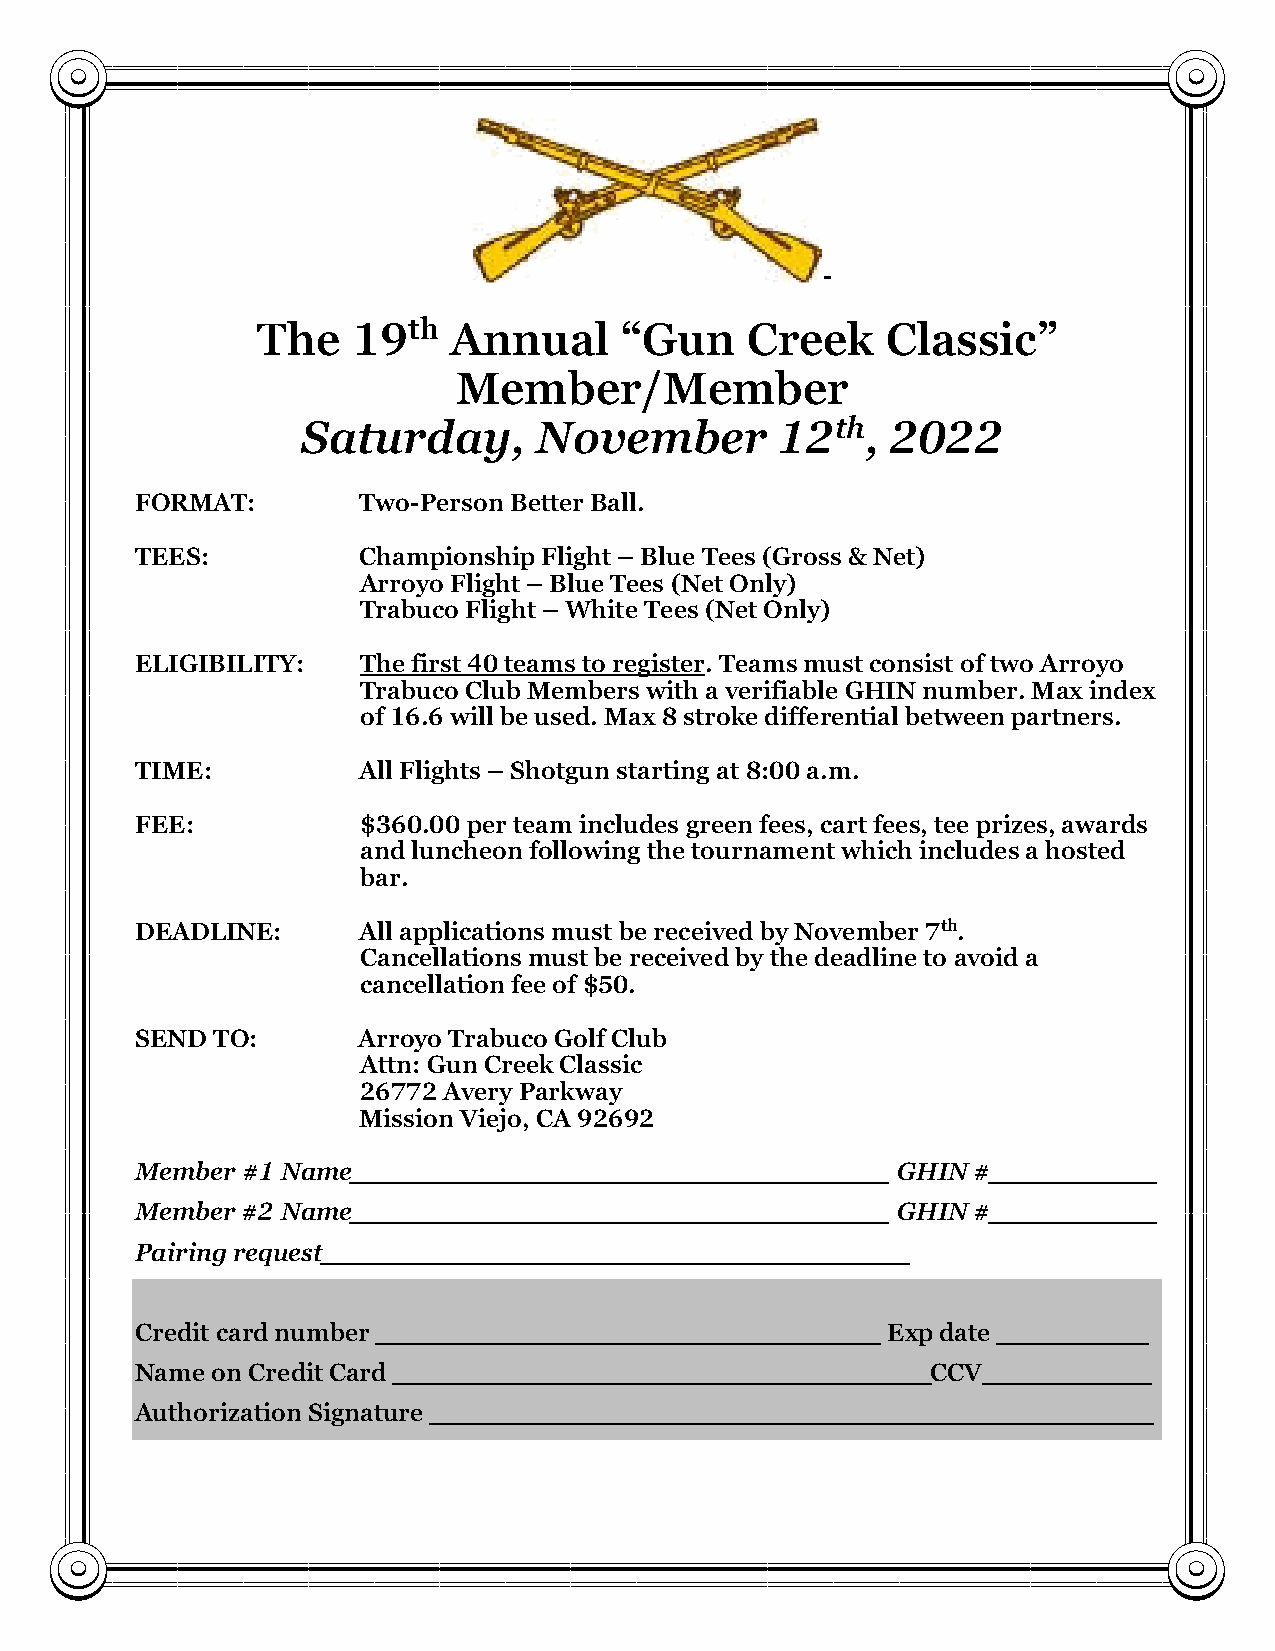
-
 The   19th   Annual     “Gun    Creek     Classic”
 Member/Member
 Saturday,       November        12th,  2022
 FORMAT:        Two-Person Better Ball.
 TEES:          Championship Flight – Blue Tees (Gross & Net)
 Arroyo Flight – Blue Tees (Net Only)
 Trabuco Flight – White Tees (Net Only)
 ELIGIBILITY:   The first 40 teams to register. Teams must consist of two Arroyo
 Trabuco Club Members with a verifiable GHIN number. Max index
 of 16.6 will be used. Max 8 stroke differential between partners.
 TIME:          All Flights – Shotgun starting at 8:00 a.m.
 FEE:           $360.00 per team includes green fees, cart fees, tee prizes, awards
 and luncheon following the tournament which includes a hosted
 bar.
 DEADLINE:      All applications must be received by November 7th.
 Cancellations must be received by the deadline to avoid a
 cancellation fee of $50.
 SEND TO:       Arroyo Trabuco Golf Club
 Attn: Gun Creek Classic
 26772 Avery Parkway
 Mission Viejo, CA 92692
 Member #1 Name________________________________    GHIN  #__________
 Member #2 Name________________________________    GHIN  #__________
 Pairing request___________________________________
 Credit card number ______________________________ Exp date _________
 Name on Credit Card ________________________________CCV__________
 Authorization Signature ___________________________________________